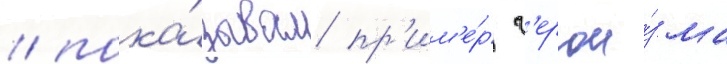
/ пока́зывал пр'им'е́р г'ерои́зма